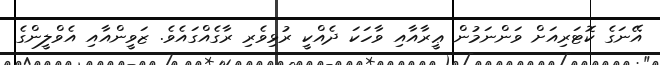
އޭނަގެ ކޮޓަރިއަށް ވަންނަމުން ޢީރާއާއި ވާހަކަ ދެއްކީ ރުޅިވެރި ރާގެއްގައެވެ. ޒަވީންއާއި އެވްލީންގެ